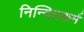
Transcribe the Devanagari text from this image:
निन्दितकर्म